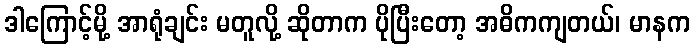
ဒါကြောင့်မို့ အာရုံချင်း မတူလို့ ဆိုတာက ပိုပြီးတော့ အဓိကကျတယ်၊ မာနက